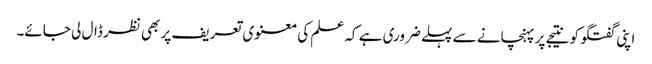
اپنی گفتگو کو نتیجے پر پہنچانے سے پہلے ضروری ہے کہ علم کی معنوی تعریف پر بھی نظر ڈال لی جائے۔